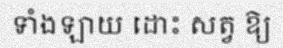
ទាំងឡាយ ដោះ សត្វ ឱ្យ